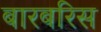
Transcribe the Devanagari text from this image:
बारबरिस